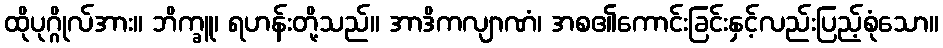
ထိုပုဂ္ဂိုလ်အား။ ဘိက္ခူ၊ ရဟန်းတို့သည်။ အာဒိကလျာဏံ၊ အစ၏ကောင်းခြင်းနှင့်လည်းပြည့်စုံသော။